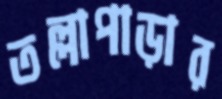
তল্লাপাড়ার